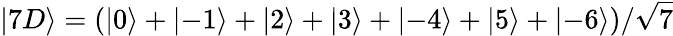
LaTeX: \left\lvert 7D\right\rangle=(\left\lvert 0\right\rangle+\left\lvert-1\right\rangle+\left\lvert 2\right\rangle+\left\lvert 3\right\rangle+\left\lvert-4\right\rangle+\left\lvert 5\right\rangle+\left\lvert-6\right\rangle)/\sqrt{7}